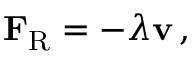
\mathbf { F } _ { \mathrm { { R } } } = - \lambda \mathbf { v } \, ,